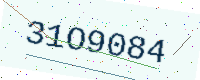
Text: 31O9084